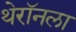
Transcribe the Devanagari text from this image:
थेरॉनला